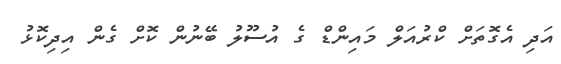
އަދި އެގޮތަށް ކްރުއަލް މައިންޑް ގެ އުސޫލު ބޭނުން ކޮށް ގެން އިދިކޮޅު